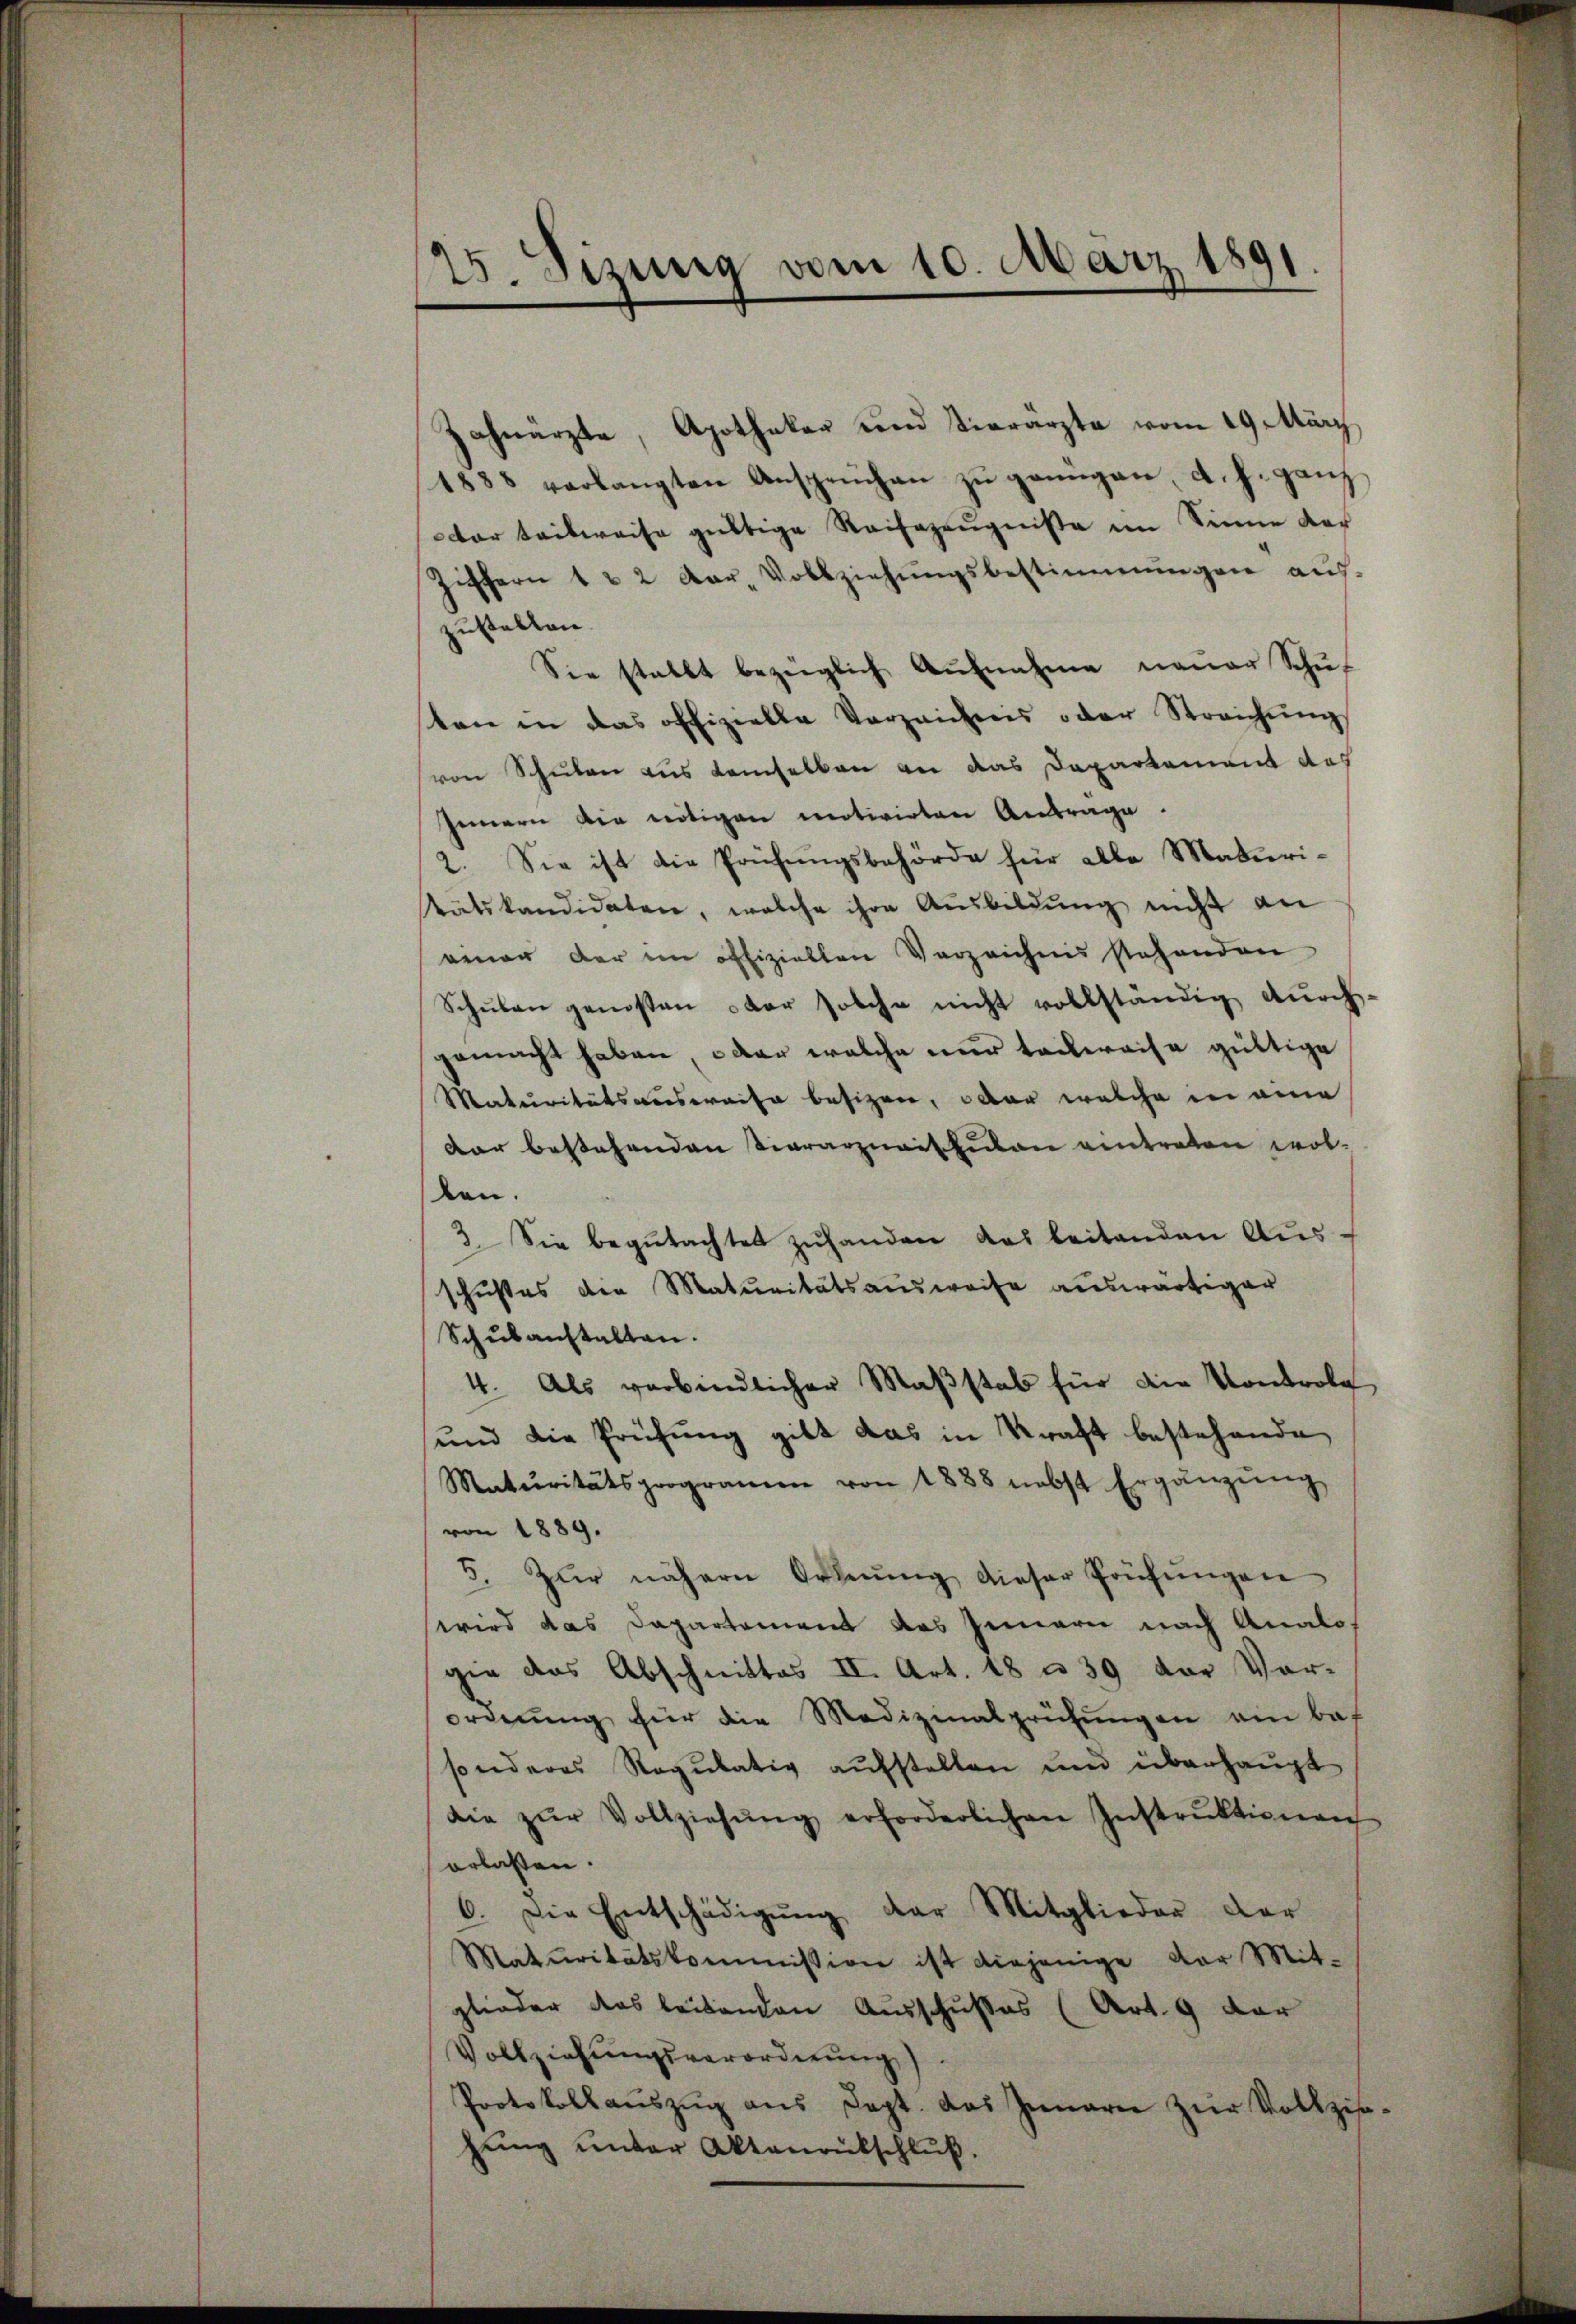
12. Sitzung vom 10. März 1891.

Zahnarzte, Apothekar und Vierärzte vom 19. März
1888 verlangten Ansprüchen zŭ genügen, d. h. ganz
dar teilweise gültige Reifezeugniße im Sinne der
Ziffern 1 & 2 dar. Vollziehŭngsbestimmungen aŭs-
zustellen.
Sie stellt bezüglich Aŭfnahme neŭer Schŭ
sten in das offizielle Verzeichnis oder Streichŭng
von Schulen aus demselben an das Departement das
Innern die nötigen motivirten Antrage.
2. Sie ist die Prüfungsbehörde für alle Maderisatskandidaten, welche ihre Ausbildŭng nicht an
einer der im offiziellen Verzeichnis stehenden
Schŭlen genossen oder solche nicht vollständig durch
gemacht haben, oder welche nur teilweise gültige
Maturitätsausweise besizen, oder welche in eine
dar bestehenden Tierarzneischulen eintreten wollen.
3. Sie begutachtet zuhanden das leitenden Aus
schußes die Maturitätsausweise auswärtiger
Schulanstalten.
4. Als verbindlicher Maβstab für die Kontrole
und die Prüfung gibt das in Kraft bestehende
Maturitätsprogramen von 1888 nebst Ergänzŭng
von 1889.
5. Zŭr nähern Ordnŭng dieser Prüfŭngen
wird das Dapartement des Innern nach Analogie das Abschnittes II. Art. 18 n 39 der Vorordnung für die Medizinalprüfungen ein bef
sonderes Regulativ aufstellen und überhaupt
die zŭr Vollziehŭng erforderlichen Instrŭktionen
erlassen.
6. Die Entschädigŭng der Mitglieder der
Matŭritätskommission ist diejenige der Mit-
glieder das leitenden Ausschußes (Art. 9 dar
Vollziehŭngsverordnŭng).
Protokollaŭszŭg ans Sept. das Innern zŭr Vollzis-
hŭng unter Aktenrütschluß.